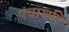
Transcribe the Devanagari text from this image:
पंचाशटि